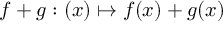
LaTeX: f + g : ( x ) \mapsto f ( x ) + g ( x )